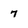
Character: 7